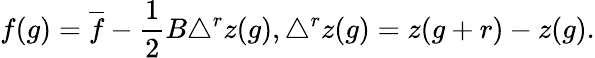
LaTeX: f(g)=\overline{{{f}}}-\frac{1}{2}B\triangle^{r}z(g),\triangle^{r}z(g)=z(g+r)-z(g).